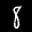
Label: 8